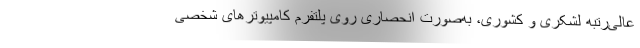
عالی‌رتبه لشکری و کشوری، به‌صورت انحصاری روی پلتفرم‌ کامپیوترهای شخصی